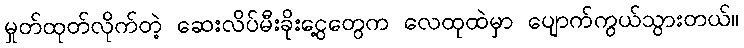
မှုတ်ထုတ်လိုက်တဲ့ ဆေးလိပ်မီးခိုးငွေ့တွေက လေထုထဲမှာ ပျောက်ကွယ်သွားတယ်။